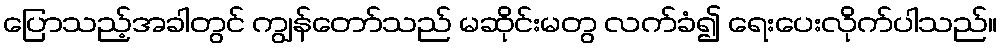
ပြောသည့်အခါတွင် ကျွန်တော်သည် မဆိုင်းမတွ လက်ခံ၍ ရေးပေးလိုက်ပါသည်။